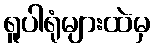
ရူပါရုံများထဲမှ